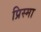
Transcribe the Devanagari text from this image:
प्रिस्मा